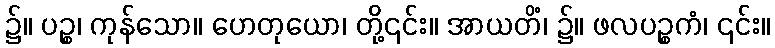
၌။ ပဉ္စ၊ ကုန်သော။ ဟေတုယော၊ တို့၎င်း။ အာယတိံ၊ ၌။ ဖလပဉ္စကံ၊ ၎င်း။